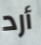
أرد